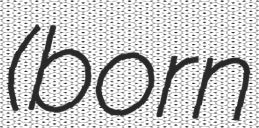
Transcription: (born